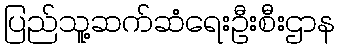
ပြည်သူ့ဆက်ဆံရေးဦးစီးဌာန